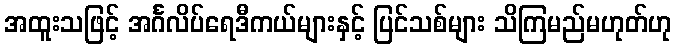
အထူးသဖြင့် အင်္ဂလိပ်ရေဒီကယ်များနှင့် ပြင်သစ်များ သိကြမည်မဟုတ်ဟု